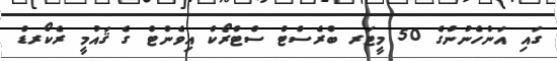
ގައި އަންހެނުންގެ 50 މީޓަރ ބްރެސްޓް ސްޓްރޯކް އިވެންޓް ގެ ޤައުމީ ރެކޯރޑް